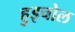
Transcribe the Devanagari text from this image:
हुइचोल